Annual administration report of the Civil Veterinary Department of India - 1893-1894
Year: 1893
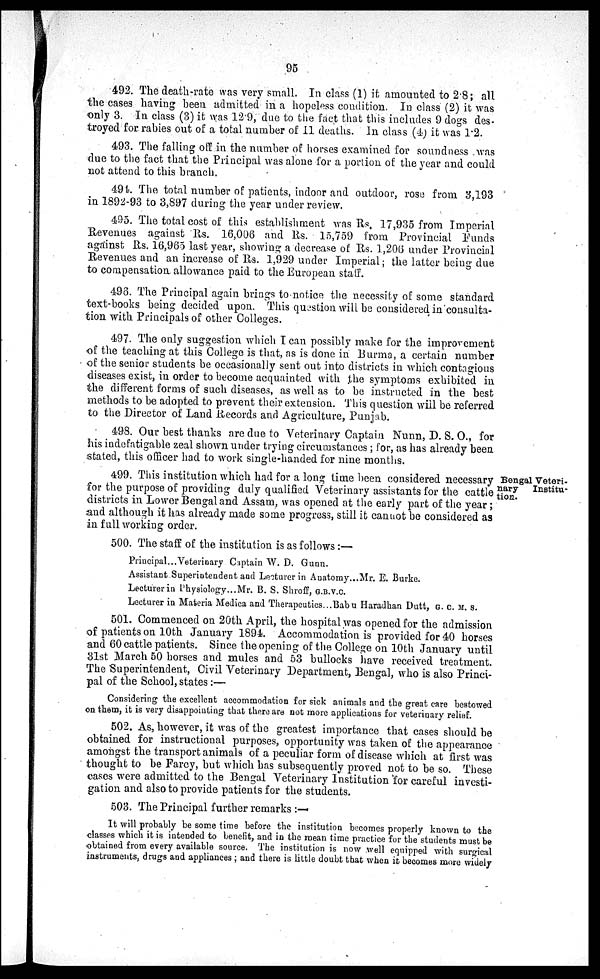
95
492. The death-rate was very small. In class (1) it amounted to 2.8; all
the cases having been admitted in a hopeless condition. In class (2) it was
only 3. In class (3) it was 12.9, due to the fact that this includes 9 dogs des-
troyed for rabies out of a total number of 11 deaths. In class (4) it was 1.2.
493. The falling off in the number of horses examined for soundness was
due to the fact that the Principal was alone for a portion of the year and could
not attend to this branch.
494. The total number of patients, indoor and outdoor, rose from 3,193
in 1892-93 to 3,897 during the year under review.
495. The total cost of this establishment was Rs, 17,935 from Imperial
Revenues against Rs. 16,006 and Rs. 15,759 from Provincial Funds
against Rs. 16,965 last year, showing a decrease of Rs. 1,206 under Provincial
Revenues and an increase of Rs. 1,929 under Imperial; the latter being due
to compensation allowance paid to the European staff.
496. The Principal again brings to notice the necessity of some standard
text-books being decided upon. This question will be considered in consulta-
tion with Principals of other Colleges.
497. The only suggestion which I can possibly make for the improvement
of the teaching at this College is that, as is done in Burma, a certain number
of the senior students be occasionally sent out into districts in which contagious
diseases exist, in order to become acquainted with the symptoms exhibited in
the different forms of such diseases, as well as to be instructed in the best
methods to be adopted to prevent their extension. This question will be referred
to the Director of Land Records and Agriculture, Punjab.
498. Our best thanks are due to Veterinary Captain Nunn, D. S. O., for
his indefatigable zeal shown under trying circumstances ; for, as has already been
stated, this officer had to work single-handed for nine months.
Bengal Veteri-
nary
Institu-
tion.
499. This institution which had for a long time been considered necessary
for the purpose of providing duly qualified Veterinary assistants for the cattle
districts in Lower Bengal and Assam, was opened at the early part of the year;
and although it has already made some progress, still it cannot be considered as
in full working order.
500. The staff of the institution is as follows :—
Principal...Veterinary Captain W. D. Gunn.
Assistant Superintendent and Lecturer in Anatomy...Mr. E. Burke.
Lecturer in Physiology...Mr. B. S. Shroff, G.B.V.C.
Lecturer in Materia Medica and Therapeutics...Babu Haradhan Dutt, G. C. M. S.
501. Commenced on 20th April, the hospital was opened for the admission
of patients on 10th January 1894. Accommodation is provided for 40 horses
and 60 cattle patients. Since the opening of the College on 10th January until
31st March 50 horses and mules and 53 bullocks have received treatment.
The Superintendent, Civil Veterinary Department, Bengal, who is also Princi-
pal of the School, states:—
Considering the excellent accommodation for sick animals and the great care bestowed
on them, it is very disappointing that there are not more applications for veterinary relief.
502. As, however, it was of the greatest importance that cases should be
obtained for instructional purposes, opportunity was taken of the appearance
amongst the transport animals of a peculiar form of disease which at first was
thought to be Farcy, but which has subsequently proved not to be so. These
cases were admitted to the Bengal Veterinary Institution for careful investi-
gation and also to provide patients for the students.
503. The Principal further remarks : —
It will probably be some time before the institution becomes properly known to the
classes which it is intended to benefit, and in the mean time practice for the students must be
obtained from every available source. The institution is now well equipped with surgical
instruments, drugs and appliances ; and there is little doubt that when it becomes more widely